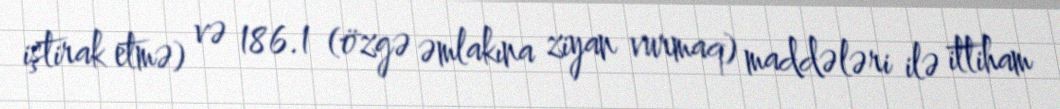
iştirak etmə) və 186.1 (özgə əmlakına ziyan vurmaq) maddələri ilə ittiham